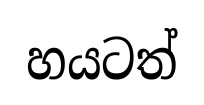
හයටත්